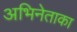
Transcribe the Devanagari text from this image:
अभिनेताका